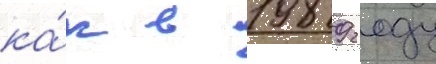
ка́к в 1989 году